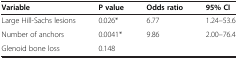
<table><thead><tr><td><b>Variable</b></td><td><b>P value</b></td><td><b>Odds ratio</b></td><td><b>95% CI</b></td></tr></thead><tbody><tr><td>Large Hill-Sachs lesions</td><td>0.026*</td><td>6.77</td><td>1.24–53.6</td></tr><tr><td>Number of anchors</td><td>0.0041*</td><td>9.86</td><td>2.00–76.4</td></tr><tr><td>Glenoid bone loss</td><td>0.148</td><td> </td><td> </td></tr></tbody></table>